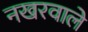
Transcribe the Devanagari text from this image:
नखरवाले